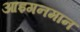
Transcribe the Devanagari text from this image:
आइगनमान